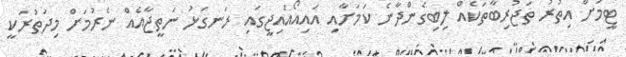
ޓީމަށް އިތުރު ތަޖުރިބާތަކެއް ލިބިގެންދާނެ ކަމަށާއި އައިއޯއައިޖީގައި ރަނގަޅު ނަތީޖާއެއް ނެރުމަށް މިދަތުރަކީ